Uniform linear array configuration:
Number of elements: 16
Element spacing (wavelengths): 1
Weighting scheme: uniform
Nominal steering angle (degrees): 60
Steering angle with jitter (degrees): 61.179
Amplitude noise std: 0.05
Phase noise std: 0.05

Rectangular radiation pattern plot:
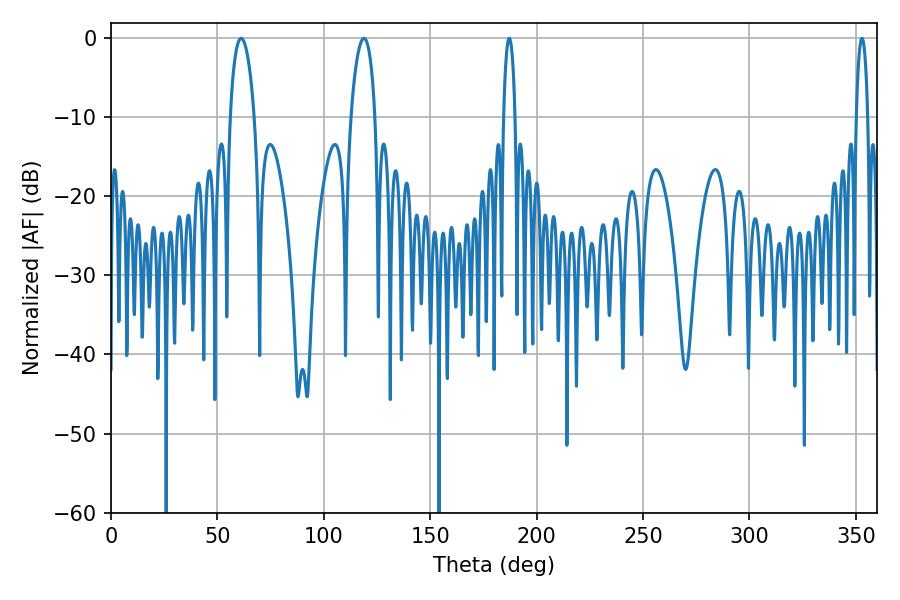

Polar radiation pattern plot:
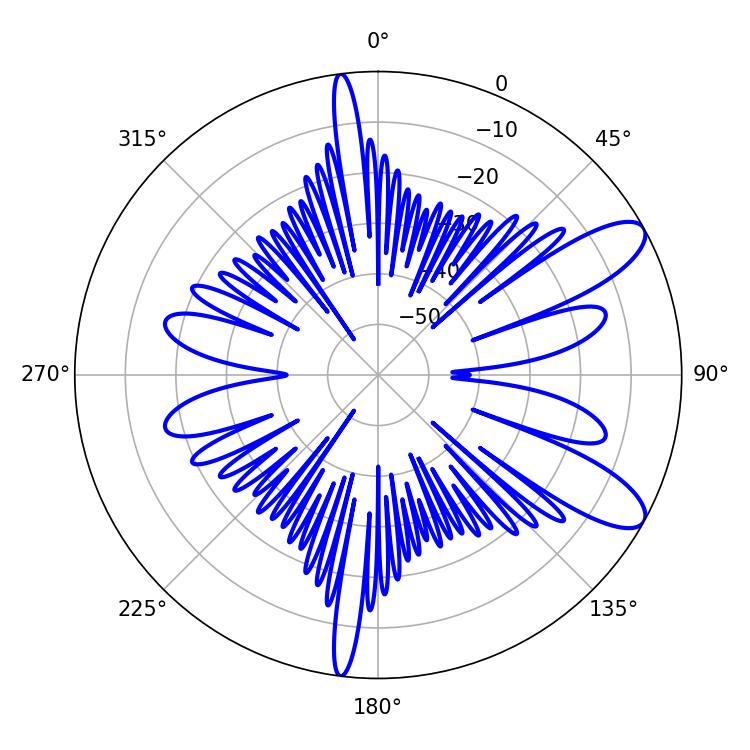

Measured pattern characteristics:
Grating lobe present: TRUE
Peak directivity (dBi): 9.985
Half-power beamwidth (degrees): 6.48
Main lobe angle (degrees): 61.2